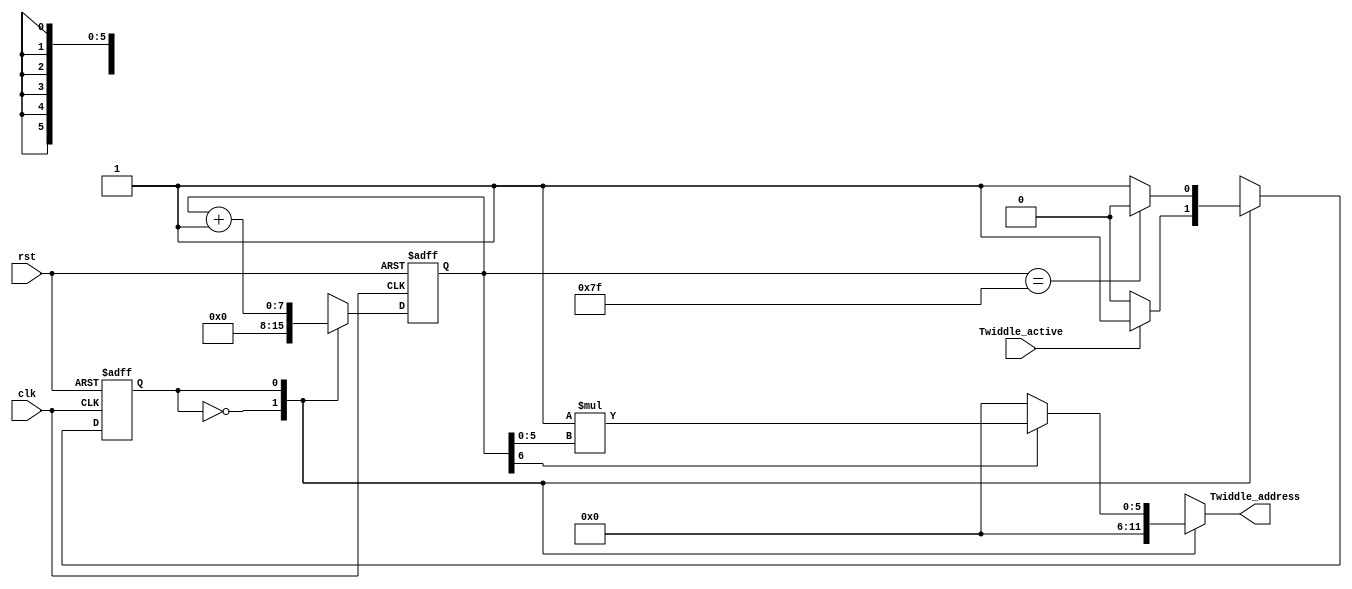
module Twiddle_Address_gen #(
    parameter   STAGE_NO = 1,
                NFFT = 128
) (
    input       wire                        clk, rst,
    input       wire                        Twiddle_active,
    output      reg [$clog2(NFFT/2)-1:0]    Twiddle_address
);
localparam  IDLE = 0,
            ADDRESS_GEN = 1;
reg [$clog2(NFFT):0] counter, counter_seq;

reg current_state, next_state;

always @(posedge clk or negedge rst) begin
    if(!rst) begin
        counter_seq <= 'b0;
        current_state <= IDLE;
    end
    else begin
        counter_seq <= counter;
        current_state <= next_state;
    end
end

always @(*) begin
    next_state = IDLE;
    Twiddle_address = 'b0;
    counter = 'b0;
    case (current_state)
        IDLE:begin
            Twiddle_address = 'b0;
            counter = 'b0;
            if(Twiddle_active == 1'b1) begin
                next_state = ADDRESS_GEN;
            end
            else begin
                next_state = IDLE;
            end
        end
        ADDRESS_GEN: begin
            counter = counter_seq + 1'b1;
            if(STAGE_NO == $clog2(NFFT))
                Twiddle_address = 'b0;
            else if(counter_seq[$clog2(NFFT)-STAGE_NO] )
                Twiddle_address =  2**(STAGE_NO-1) * counter_seq[$clog2(NFFT)-STAGE_NO-1:0];
            else
                Twiddle_address = 'b0;

            if(counter_seq == NFFT-1)
                next_state = IDLE;
            else
                next_state = ADDRESS_GEN;
        end
    endcase
end
endmodule